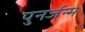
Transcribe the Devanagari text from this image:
पुनर्जन्‍म